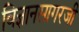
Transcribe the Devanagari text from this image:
विज्ञानसागरजी